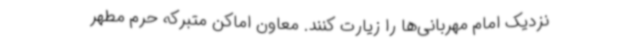
نزدیک‌ امام مهربانی‌ها را زیارت کنند. معاون اماکن متبرکه حرم مطهر